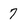
Character: 7